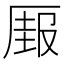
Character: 𰆣